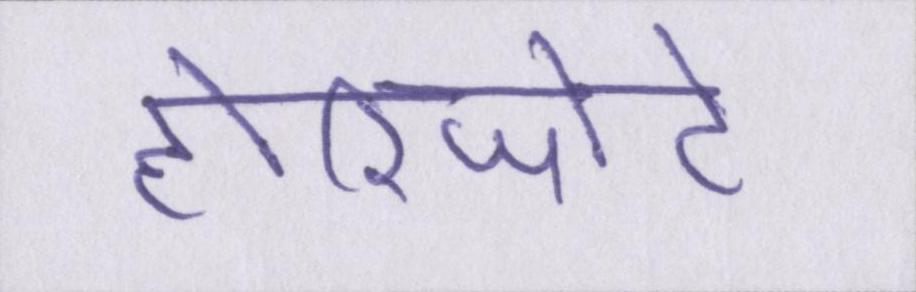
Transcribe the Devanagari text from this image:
होरिजोंटे